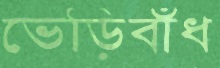
ভেড়িবাঁধ